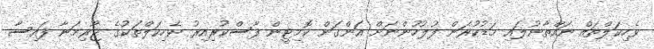
ވެހިކަލްތައް ނައްތާނުލައި މަޑުކުރަން ފުލުހުންނަށް އަންގަން ކޮމިޓީން ފާސްކުރިއިރު ވެހިކަލްތަކުގެ ޖޫރިމަނާ ފައިސާ